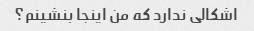
اشکالی ندارد که من اینجا بنشینم؟